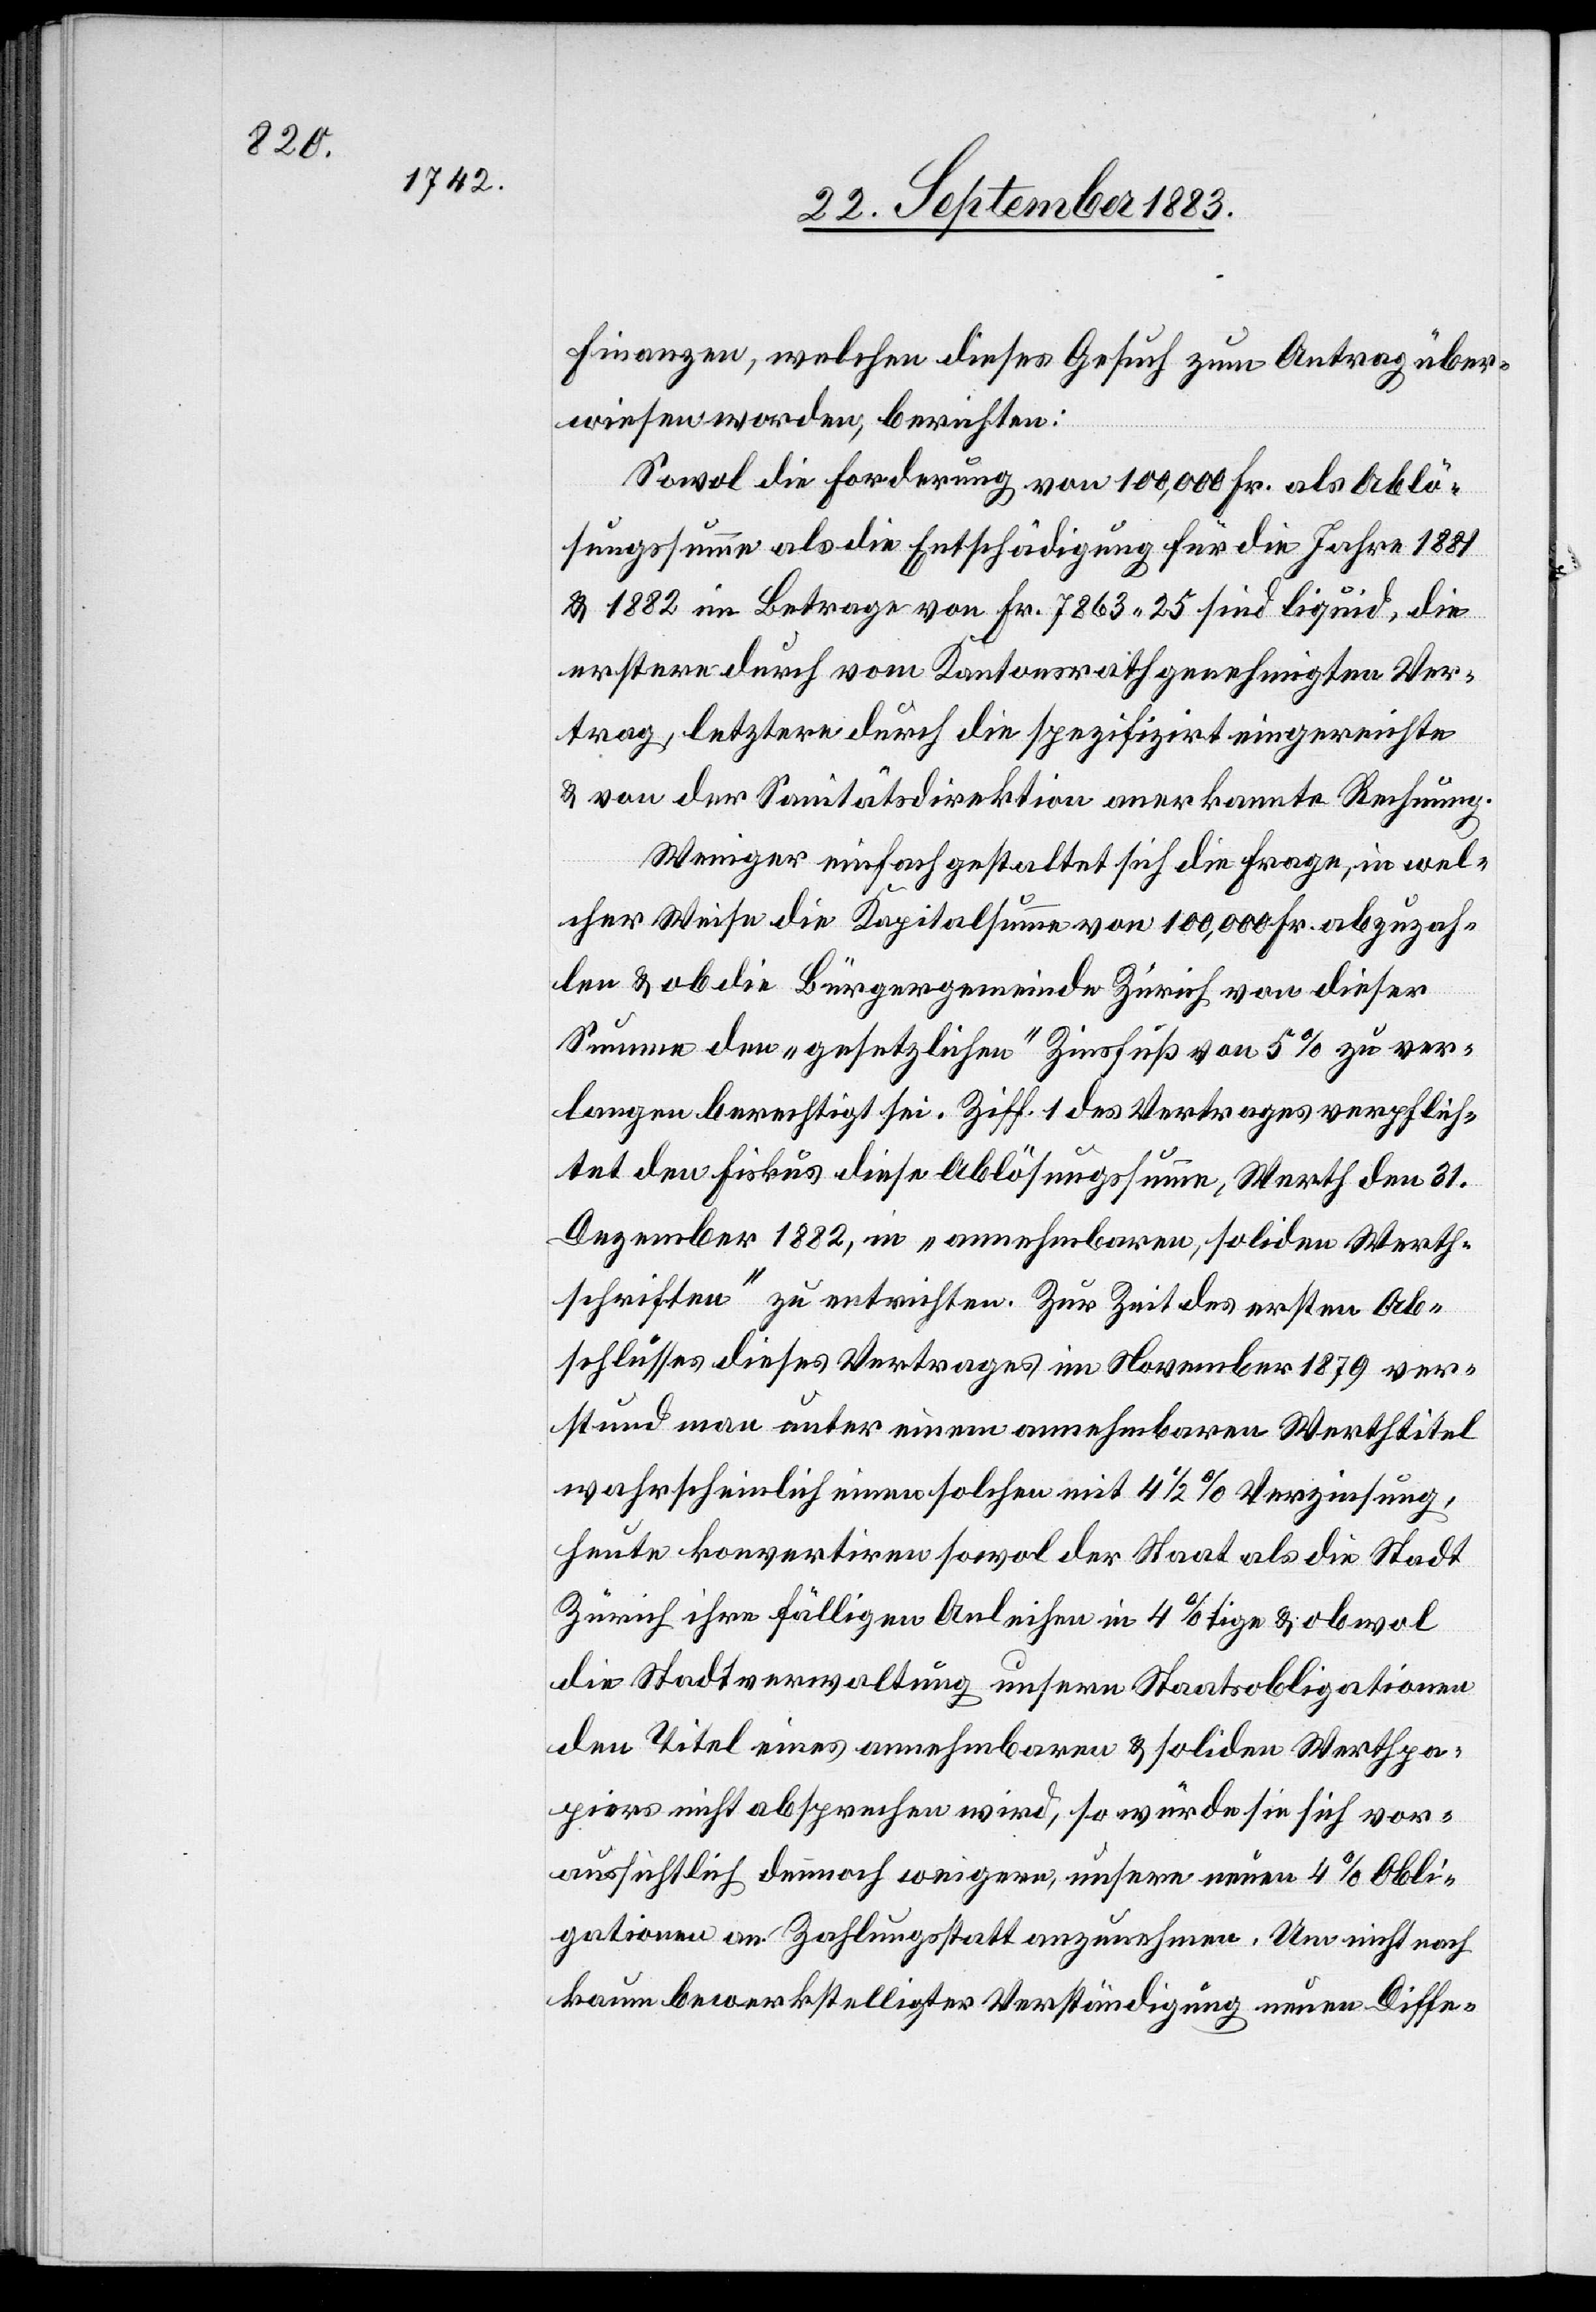
Finanzen, welchen dieses Gesuch zum Antrag über¬
wiesen worden, berichten:
Sowol die Forderung von 100,000 Fr. als Ablö¬
sungssumme als die Entschädigung für die Jahre 1881
& 1882 im Betrage von Fr. 7863 25 sind liquid, die
erstere durch vom Kantonsrathe genehmigten Ver¬
trag, letztere durch die spezifizirt eingereichte
& von der Sanitätsdirektion anerkannte Rechnung.
Weniger einfach gestaltet sich die Frage, in wel¬
cher Weise die Kapitalsumme von 100,000 Fr. abzuzah¬
len & ob die Bürgergemeinde Zürich von dieser
Summe den „gesetzlichen“ Zinsfuß von 5% zu ver¬
langen berechtigt sei. Ziff. 1 des Vertrages verpflich¬
tet den Fiskus diese Ablösungssumme, Werth den 31.
Dezember 1882, in „annehmbaren, soliden Werth¬
schriften“ zu entrichten. Zur Zeit des ersten Ab¬
schlusses dieses Vertrages im November 1879 ver¬
stund man unter einem annehmbaren Werthtitel
wahrscheinlich einen solchen mit 4 1/2% Verzinsung,
heute konvertiren sowol der Staat als die Stadt
Zürich ihre fälligen Anleihen in 4%tige & obwol
die Stadtverwaltung unsern Staatsobligationen
den Titel eines annehmbaren & soliden Werthpa¬
piers nicht absprechen wird, so würde sie sich vor¬
aussichtlich dennoch weigern, unsere neuen 4% Obli¬
gationen an Zahlungsstatt anzunehmen. Um nicht nach
kaum bewerkstelligter Verständigung neuen Diffe-